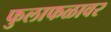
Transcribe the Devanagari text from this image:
फुलाफळावर